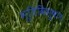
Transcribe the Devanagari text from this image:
भूतिविभूषणः